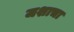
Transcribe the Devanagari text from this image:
जशाचा